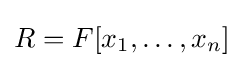
R=F[x_{1},\ldots ,x_{n}]